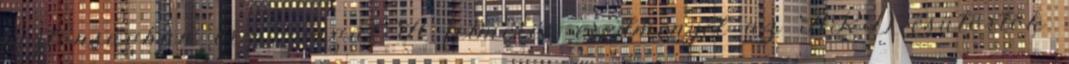
biztonságban érzi magát A felmérés eredményét az ARD csütörtök